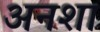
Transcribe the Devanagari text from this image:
अनशा